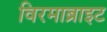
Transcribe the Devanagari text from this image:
विरमाब्राइट